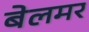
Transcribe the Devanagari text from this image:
बेलमर